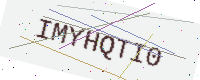
Text: IMYHQTI0